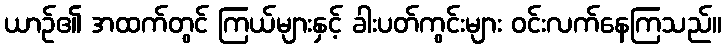
ယာဉ်၏ အထက်တွင် ကြယ်များနှင့် ခါးပတ်ကွင်းများ ဝင်းလက်နေကြသည်။